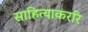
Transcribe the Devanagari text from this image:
साहित्याकररि